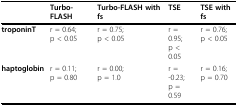
<table><thead><tr><td></td><td><b>Turbo-FLASH</b></td><td><b>Turbo-FLASH with fs</b></td><td><b>TSE</b></td><td><b>TSE with fs</b></td></tr></thead><tbody><tr><td><b>troponinT</b></td><td>r = 0.64;p &lt; 0.05</td><td>r = 0.75;p &lt; 0.05</td><td>r = 0.95;p &lt; 0.05</td><td>r = 0.76;p &lt; 0.05</td></tr><tr><td><b>haptoglobin</b></td><td>r = 0.11;p = 0.80</td><td>r = 0.00;p = 1.0</td><td>r = -0.23;p = 0.59</td><td>r = 0.16;p = 0.70</td></tr></tbody></table>